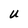
Character: U